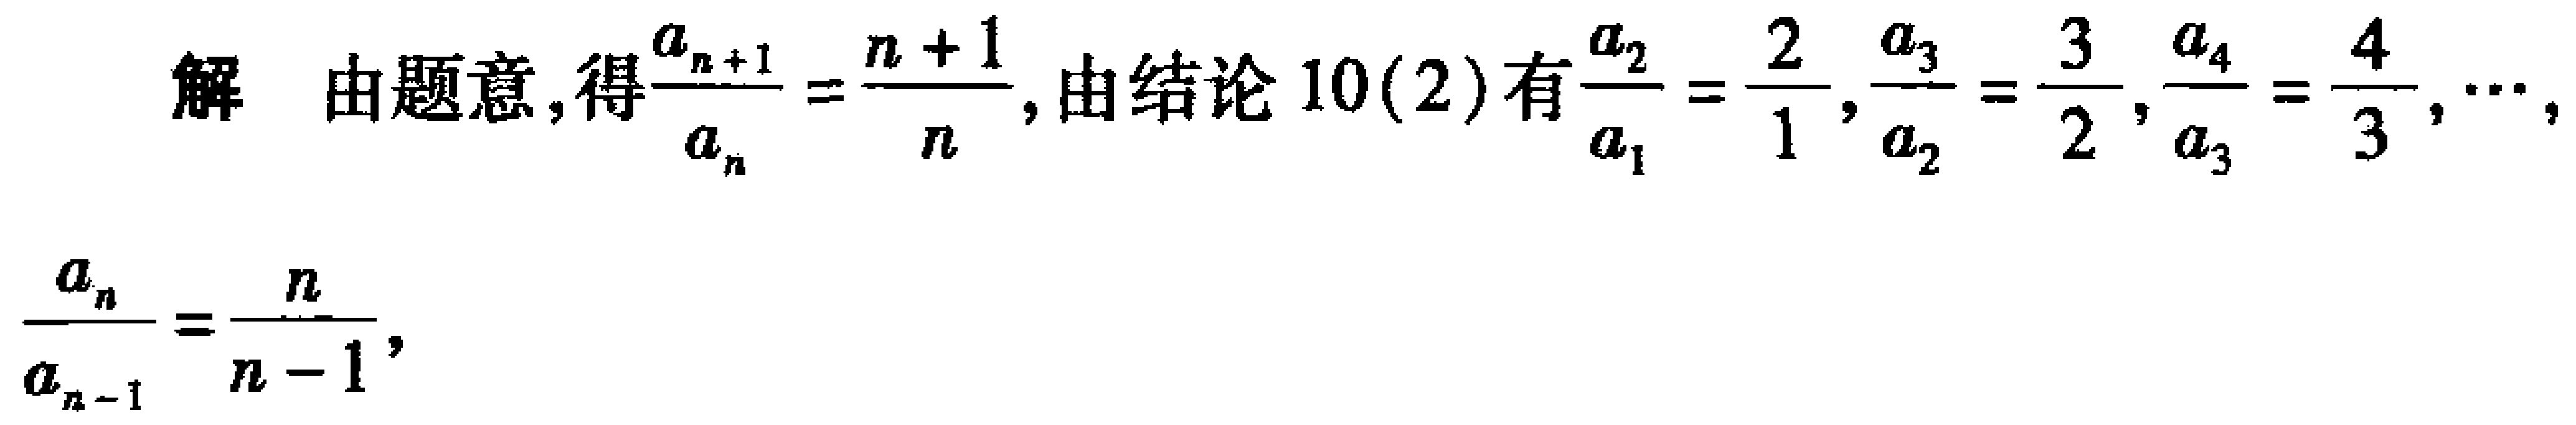
解 由题意, 得$\frac{a_{n + 1}}{a_{n}} = \frac{n + 1}{n}$, 由结论 10(2) 有$\frac{a_{2}}{a_{1}} = \frac{2}{1}$, $\frac{a_{3}}{a_{2}} = \frac{3}{2}$, $\frac{a_{4}}{a_{3}} = \frac{4}{3}$, $\cdots$,
$\frac{a_{n}}{a_{n - 1}} = \frac{n}{n - 1}$,